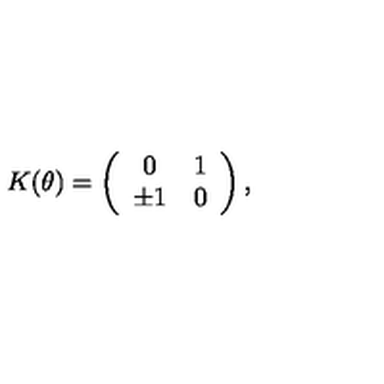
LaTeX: K ( \theta ) = \left( \begin{array} { c c } { 0 } & { 1 } \\ { \pm 1 } & { 0 } \\ \end{array} \right) ,